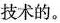
技术的。